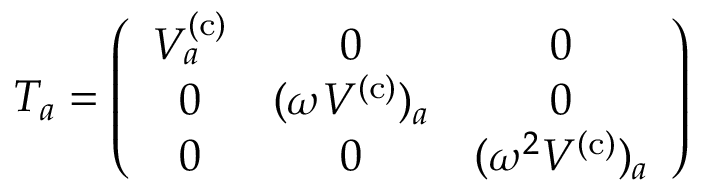
T _ { a } = \left( \begin{array} { c c c } { { V _ { a } ^ { ( \mathrm { c ) } } } } & { { 0 } } & { { 0 } } \\ { { 0 } } & { { ( \omega V ^ { ( \mathrm { c ) } } ) _ { a } } } & { { 0 } } \\ { { 0 } } & { { 0 } } & { { ( \omega ^ { 2 } V ^ { ( \mathrm { c ) } } ) _ { a } } } \end{array} \right)